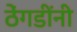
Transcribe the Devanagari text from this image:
ठेंगडींनी